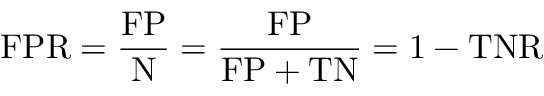
\mathrm { F P R } = { \frac { \mathrm { F P } } { \mathrm { N } } } = { \frac { \mathrm { F P } } { \mathrm { F P } + \mathrm { T N } } } = 1 - \mathrm { T N R }